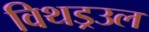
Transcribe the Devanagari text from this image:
विथड्रउल